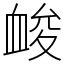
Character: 䘒